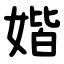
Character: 媘